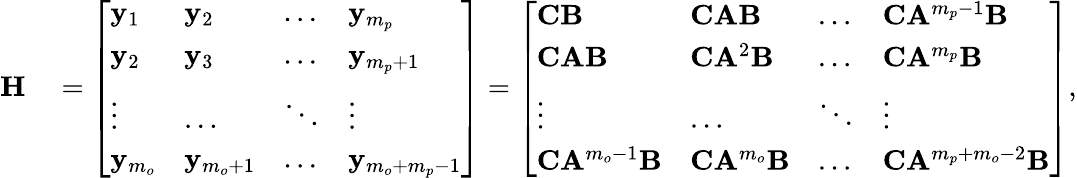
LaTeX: \begin{array}{rl}{\mathbf{H}}&{{}=\left[\begin{array}{llll}{\mathbf{y}_{1}}&{\mathbf{y}_{2}}&{\dots}&{\mathbf{y}_{m_{p}}}\\ {\mathbf{y}_{2}}&{\mathbf{y}_{3}}&{\dots}&{\mathbf{y}_{m_{p}+1}}\\ {\vdots}&{\dots}&{\ddots}&{\vdots}\\ {\mathbf{y}_{m_{o}}}&{\mathbf{y}_{m_{o}+1}}&{\dots}&{\mathbf{y}_{m_{o}+m_{p}-1}}\end{array}\right]=\left[\begin{array}{llll}{\mathbf{C}\mathbf{B}}&{\mathbf{C}\mathbf{A}\mathbf{B}}&{\dots}&{\mathbf{C}\mathbf{A}^{m_{p}-1}\mathbf{B}}\\ {\mathbf{C}\mathbf{A}\mathbf{B}}&{\mathbf{C}\mathbf{A}^{2}\mathbf{B}}&{\dots}&{\mathbf{C}\mathbf{A}^{m_{p}}\mathbf{B}}\\ {\vdots}&{\dots}&{\ddots}&{\vdots}\\ {\mathbf{C}\mathbf{A}^{m_{o}-1}\mathbf{B}}&{\mathbf{C}\mathbf{A}^{m_{o}}\mathbf{B}}&{\dots}&{\mathbf{C}\mathbf{A}^{m_{p}+m_{o}-2}\mathbf{B}}\end{array}\right],}\end{array}